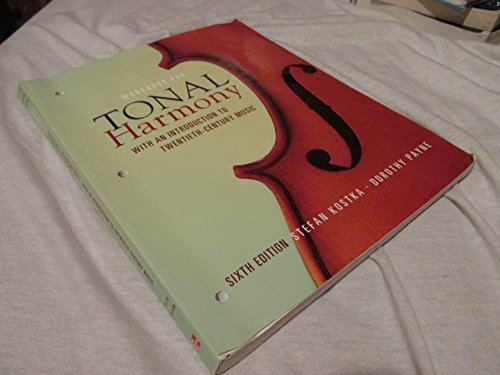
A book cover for Workbook for Tonal Harmony with an Introduction to Twentieth-Century Music, 6th Edition; Stefan Kostka; Christian Books & Bibles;